Lunatic asylums Madras 1877-1891 - 1877-1891
Year: 1877
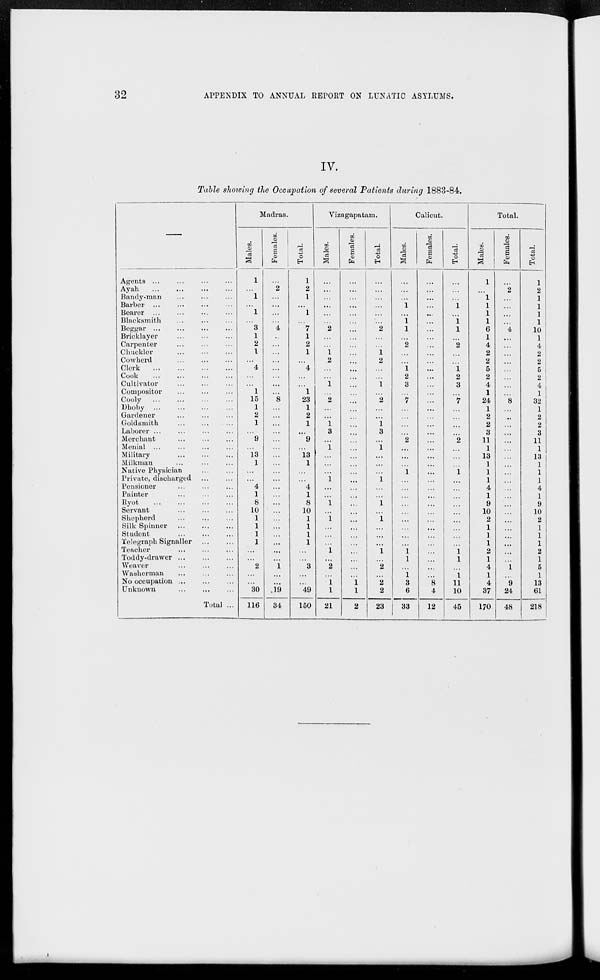
32
APPENDIX TO ANNUAL REPORT ON LUNATIC ASYLUMS.
IV.
Table showing the Occupation of several Patients during 1883-84.
Agents ... ... ... ...
Ayah ... ... ... ...
Bandy-man ... ... ...
Barber ... ... ... ...
Bearer ... ... ... ...
Blacksmith ... ... ...
Beggar ... ... ... ...
Bricklayer ... ... ...
Carpenter ... ... ...
Chuckler ... ... ...
Cowherd ... ... ...
Clerk ... ... ... ...
Cook ... ... ... ...
Cultivator ... ... ...
Compositor ... ... ...
Cooly ... ... ... ...
Dhoby ... ... ... ...
Gardener ... ... ...
Goldsmith ... ... ...
Laborer ... ... ... ...
Merchant ... ... ...
Menial ... ... ... ...
Military ... ... ...
Milkman ... ... ...
Native Physician ... ...
Private, discharged ... ...
Pensioner ... ... ...
Painter ... ... ...
Ryot ... ... ... ...
Servant ... ... ...
Shepherd ... ... ...
Silk Spinner ... ... ...
Student ... ... ...
Telegraph Signaller ... ...
Teacher ... ... ...
Toddy-drawer ... ... ...
Weaver ... ... ...
Washerman ... ... ...
No occupation ... ... ...
Unknown ... ... ...
Total ...
Madras.
Males.
1
...
1
...
1
...
3
1
2
1
...
4
...
...
1
15
1
2
1
...
9
...
13
1
...
...
4
1
8
10
1
1
1
1
...
...
2
...
...
30
116
Females.
...
2
...
...
...
...
4
...
...
...
...
...
...
...
...
8
...
...
...
...
...
...
...
...
...
...
...
...
...
...
...
...
...
...
...
...
1
...
...
19
34
Total.
1
2
1
...
1
...
7
1
2
1
...
4
...
...
1
23
1
2
1
...
9
...
13
1
...
...
4
1
8
10
1
1
1
1
...
...
3
...
...
49
150
Vizagapatam.
Males.
...
...
...
...
...
...
2
...
...
1
2
...
...
1
...
2
...
...
1
3
...
1
...
...
...
1
...
...
1
...
1
...
...
...
1
...
2
...
1
1
21
Females.
...
...
...
...
...
...
...
...
...
...
...
...
...
...
...
...
...
...
...
...
...
...
...
...
...
...
...
...
...
...
...
...
...
...
...
...
...
...
1
1
2
Total.
...
...
...
...
...
...
2
...
...
1
2
...
...
1
...
2
...
...
1
3
...
1
...
...
...
1
...
...
1
...
1
...
...
...
1
...
2
...
2
2
23
Calicut.
Males.
...
...
...
1
...
1
1
...
2
...
...
1
2
3
...
7
...
...
...
...
2
...
...
...
1
...
...
...
...
...
...
...
...
...
1
1
...
1
3
6
33
Females.
...
...
...
...
...
...
...
...
...
...
...
...
...
...
...
...
...
...
...
...
...
...
...
...
...
...
...
...
...
...
...
...
...
...
...
...
...
...
8
4
12
Total.
...
...
...
1
...
1
1
...
2
...
...
1
2
3
...
7
...
...
...
...
2
...
...
...
1
...
...
...
...
...
...
...
...
...
1
1
...
1
11
10
45
Total.
Males.
1
...
1
1
1
1
6
1
4
2
2
5
2
4
1
24
1
2
2
3
11
1
13
1
1
1
4
1
9
10
2
1
1
1
2
1
4
1
4
37
170
Females.
...
2
...
...
...
...
4
...
...
...
...
...
...
...
...
8
...
...
...
...
...
...
...
...
...
...
...
...
...
...
...
...
...
...
...
...
1
...
9
24
48
Total.
1
2
1
1
1
1
10
1
4
2
2
5
2
4
1
32
1
2
2
3
11
1
13
1
1
1
4
1
9
10
2
1
1
1
2
1
5
1
13
61
218